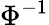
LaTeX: \Phi^{-1}